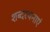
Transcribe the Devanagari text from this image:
शब्दरचनाएं